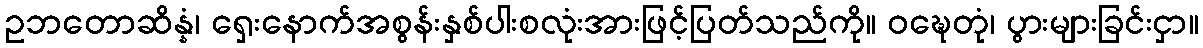
ဥဘတောဆိန္နံ၊ ရှေးနောက်အစွန်းနှစ်ပါးစလုံးအားဖြင့်ပြတ်သည်ကို။ ဝဍ္ဎေတုံ၊ ပွားများခြင်းငှာ။